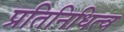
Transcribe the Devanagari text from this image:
प्रतिनिधित्व